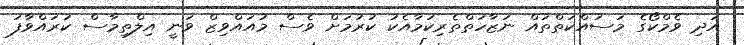
އަދި ވެމްކޯގެ މަސައްކަތްތައް ނަޒާހަތްތެރިކަމާއެކު ކުރުމަށް ވެސް މުއައްވިޒް ވަނީ އިލްތިމާސް ކުރައްވާފަ